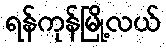
ရန်ကုန်မြို့လယ်